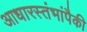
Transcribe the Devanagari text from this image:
आधारस्तंभांपैकी